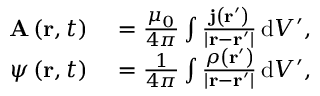
\begin{array} { r l } { \mathbf { A } \left( \mathbf { r } , t \right) } & { { } = { \frac { \mu _ { 0 } } { 4 \pi } } \int { \frac { \mathbf { j } \left( \mathbf { r } ^ { \prime } \right) } { \left| \mathbf { r } - \mathbf { r } ^ { \prime } \right| } } \, \mathrm { d } V ^ { \prime } , } \\ { \psi \left( \mathbf { r } , t \right) } & { { } = { \frac { 1 } { 4 \pi } } \int { \frac { \rho \left( \mathbf { r } ^ { \prime } \right) } { \left| \mathbf { r } - \mathbf { r } ^ { \prime } \right| } } \, \mathrm { d } V ^ { \prime } , } \end{array}